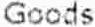
GOODS